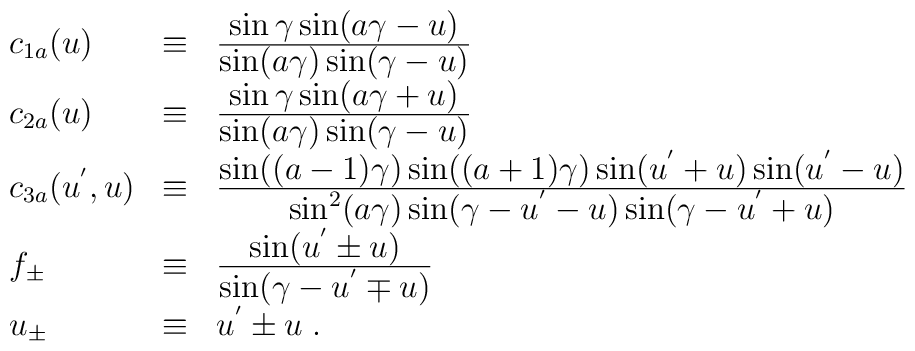
\begin{array}{lll}c_{1a}(u)&\equiv&\frac{\textstyle\sin\gamma\sin(a\gamma-u)}{\textstyle\sin(a\gamma)\sin(\gamma-u)}\\c_{2a}(u)&\equiv&\frac{\textstyle\sin\gamma\sin(a\gamma+u)}{\textstyle\sin(a\gamma)\sin(\gamma-u)}\\c_{3a}(u^{'},u)&\equiv&\frac{\textstyle\sin((a-1)\gamma)\sin((a+1)\gamma)\sin(u^{'}+u)\sin(u^{'}-u)}{\textstyle\sin^2(a\gamma)\sin(\gamma-u^{'}-u)\sin(\gamma-u^{'}+u)}\\f_{\pm}&\equiv&\frac{\textstyle\sin(u^{'}\pm u)}{\textstyle\sin(\gamma-u^{'}\mp u)}\\u_{\pm}&\equiv&u^{'}\pm u\;.\end{array}